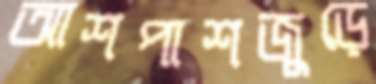
আশপাশজুড়ে